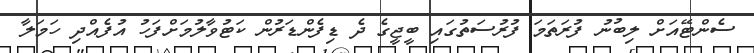
ސެންޓޭއަށް ލިބުނު ފުރަތަމަ ފުރުސަތުގައި ބީޖީގެ ދެ ޑިފެންޑަރުން ކަޓުވާލުމަށްފަހު އުފެއްދި ހަމަލާ